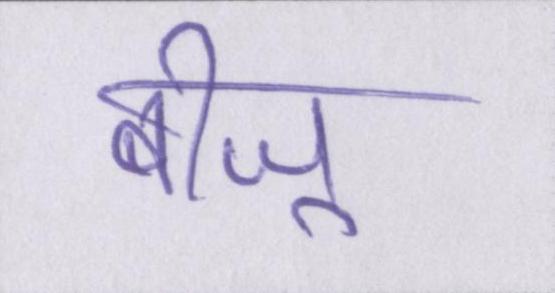
बीजू